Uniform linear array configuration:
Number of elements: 48
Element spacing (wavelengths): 0.5
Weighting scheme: binomial
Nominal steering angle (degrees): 45
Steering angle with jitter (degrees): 46.079
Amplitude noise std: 0.05
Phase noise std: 0.05

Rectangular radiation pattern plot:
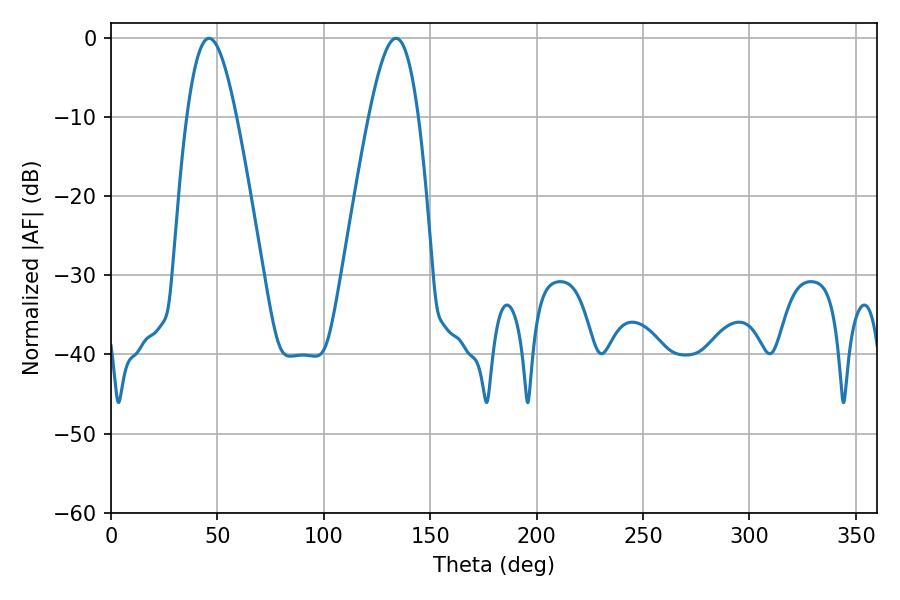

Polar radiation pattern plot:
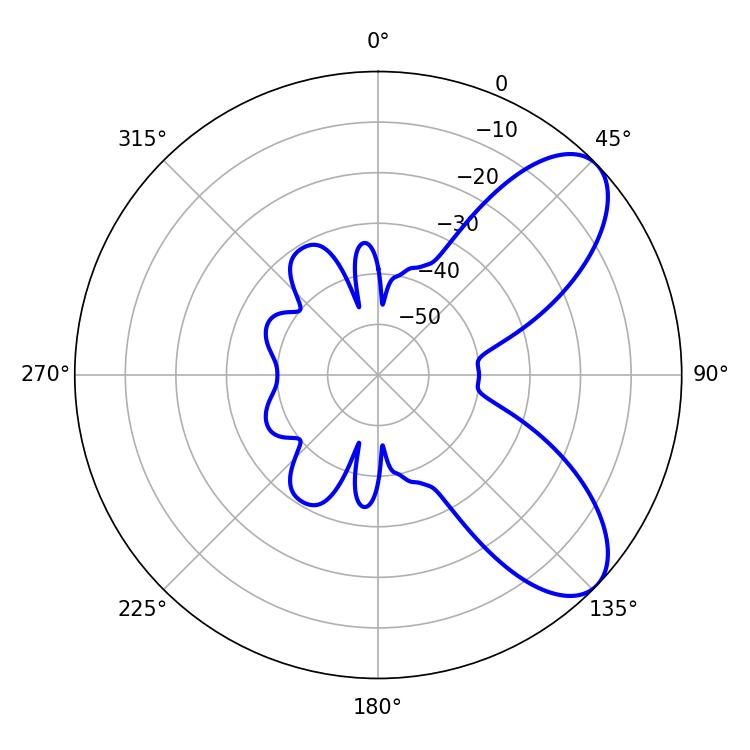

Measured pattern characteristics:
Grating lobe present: FALSE
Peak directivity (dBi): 7.625
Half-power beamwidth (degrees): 12.6
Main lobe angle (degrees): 46.08